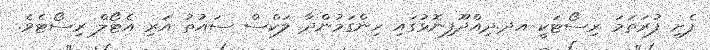
ފެށި ފުރަތަމަ ރިސޯޓަކީ އދ.ދިއްދޫފިނޮޅުގައި ހިންގަމުންދާ ލަކްސް ސައުތު އަރި އެޓޯލް ރިސޯޓެވެ.